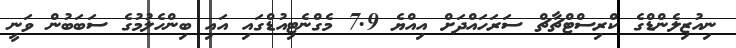
ނިއުޒިލެންޑްގެ ކްރިސްޓްޗާޗް ސަރަހައްދަށް އިއްޔެ 7.9 މެގްނެޓިއުޑްގައި އައި ބިންހެލުމުގެ ސަބަބުން ވަނީ